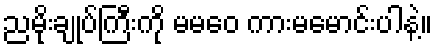
ညမိုးချုပ်ကြီးကို မမဝေ ကားမမောင်းပါနဲ့။